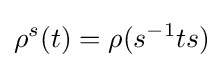
\rho ^{s}(t)=\rho (s^{-1}ts)